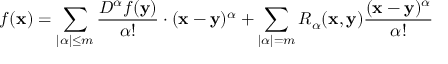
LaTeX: f ( { \mathbf { x } } ) = \sum _ { | \alpha | \leq m } { \frac { D ^ { \alpha } f ( { \mathbf { y } } ) } { \alpha ! } } \cdot ( { \mathbf { x } } - { \mathbf { y } } ) ^ { \alpha } + \sum _ { | \alpha | = m } R _ { \alpha } ( { \mathbf { x } } , { \mathbf { y } } ) { \frac { ( { \mathbf { x } } - { \mathbf { y } } ) ^ { \alpha } } { \alpha ! } }